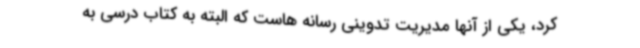
کرد، یکی از آنها مدیریت تدوینی رسانه هاست که البته به کتاب درسی به